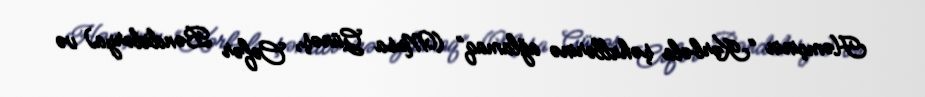
Həmçinin “Kərbəla şəhidlərinə ağlamaq” (Musa Günəş, Cəfər Bəndidərya) və